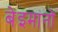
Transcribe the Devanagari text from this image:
बेइमानों